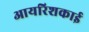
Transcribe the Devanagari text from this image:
आयरिशकाई